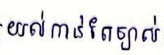
យល់កាន់តែច្បាស់